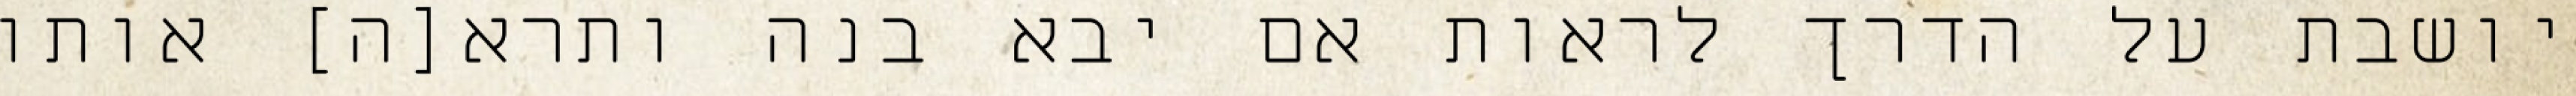
יושבת על הדרך לראות אם יבא בנה ותרא[ה] אותו